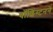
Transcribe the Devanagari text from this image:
वॉशिंग्टनने